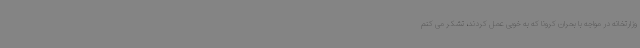
وزارتخانه در مواجه با بحران کرونا که به خوبی عمل کردند، تشکر می کنم